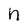
Character: h